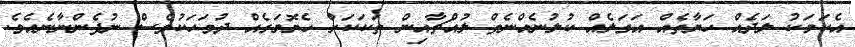
އެކަމަކު ލަދެއް ހަޔާތެއް އަގަލެއް ކުލުނެއްނެތް ލުއްޗާއިން ތަކަކަށް ހެޔޮމަގެއް ދުވަހަކުވެސް ނުފެންނާނެއެވެ.